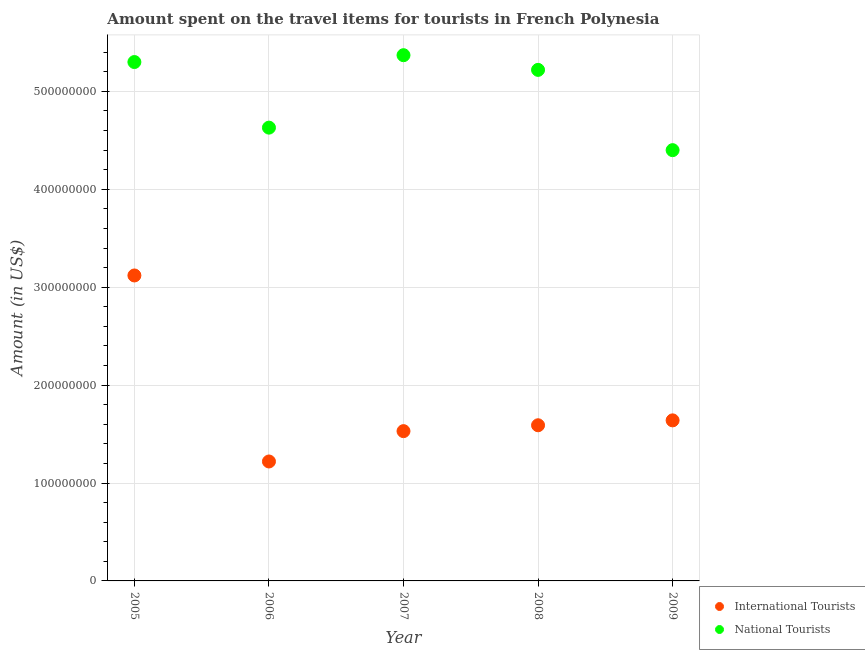
| Year | International Tourists | National Tourists |
 | --- | --- | --- |
 | 2005 | 3.12e+08 | 5.3e+08 |
 | 2006 | 1.22e+08 | 4.63e+08 |
 | 2007 | 1.53e+08 | 5.37e+08 |
 | 2008 | 1.59e+08 | 5.22e+08 |
 | 2009 | 1.64e+08 | 4.4e+08 |